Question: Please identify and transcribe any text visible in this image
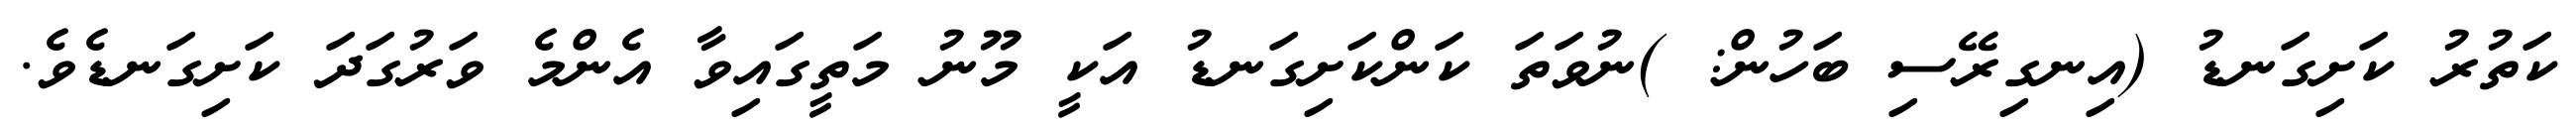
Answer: ކަތުރު ކަށިގަނޑު (އިނގިރޭސި ބަހުން: )ނުވަތަ ކަންކަށިގަނޑު އަކީ މޫނު މަތީގައިވާ އެންމެ ވަރުގަދަ ކަށިގަނޑެވެ.